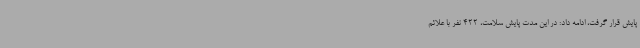
پایش قرار گرفت، ادامه داد: در این مدت پایش سلامت، 422 نفر با علائم